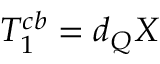
T _ { 1 } ^ { c b } = d _ { Q } X